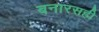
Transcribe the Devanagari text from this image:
बनारसही